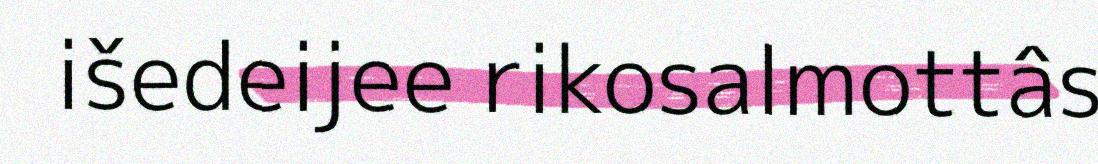
išedeijee rikosalmottâs